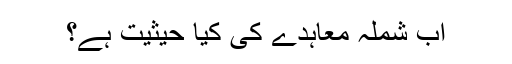
اب شملہ معاہدے کی کیا حیثیت ہے؟